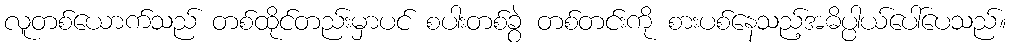
လူတစ်ယောက်သည် တစ်ထိုင်တည်းမှာပင် စပါးတစ်ခွဲ တစ်တင်းကို စားပစ်နေသည့်အဓိပ္ပါယ်ပေါ်ပေသည်။